Vana-Antsla_vallavalitsus, lk 144
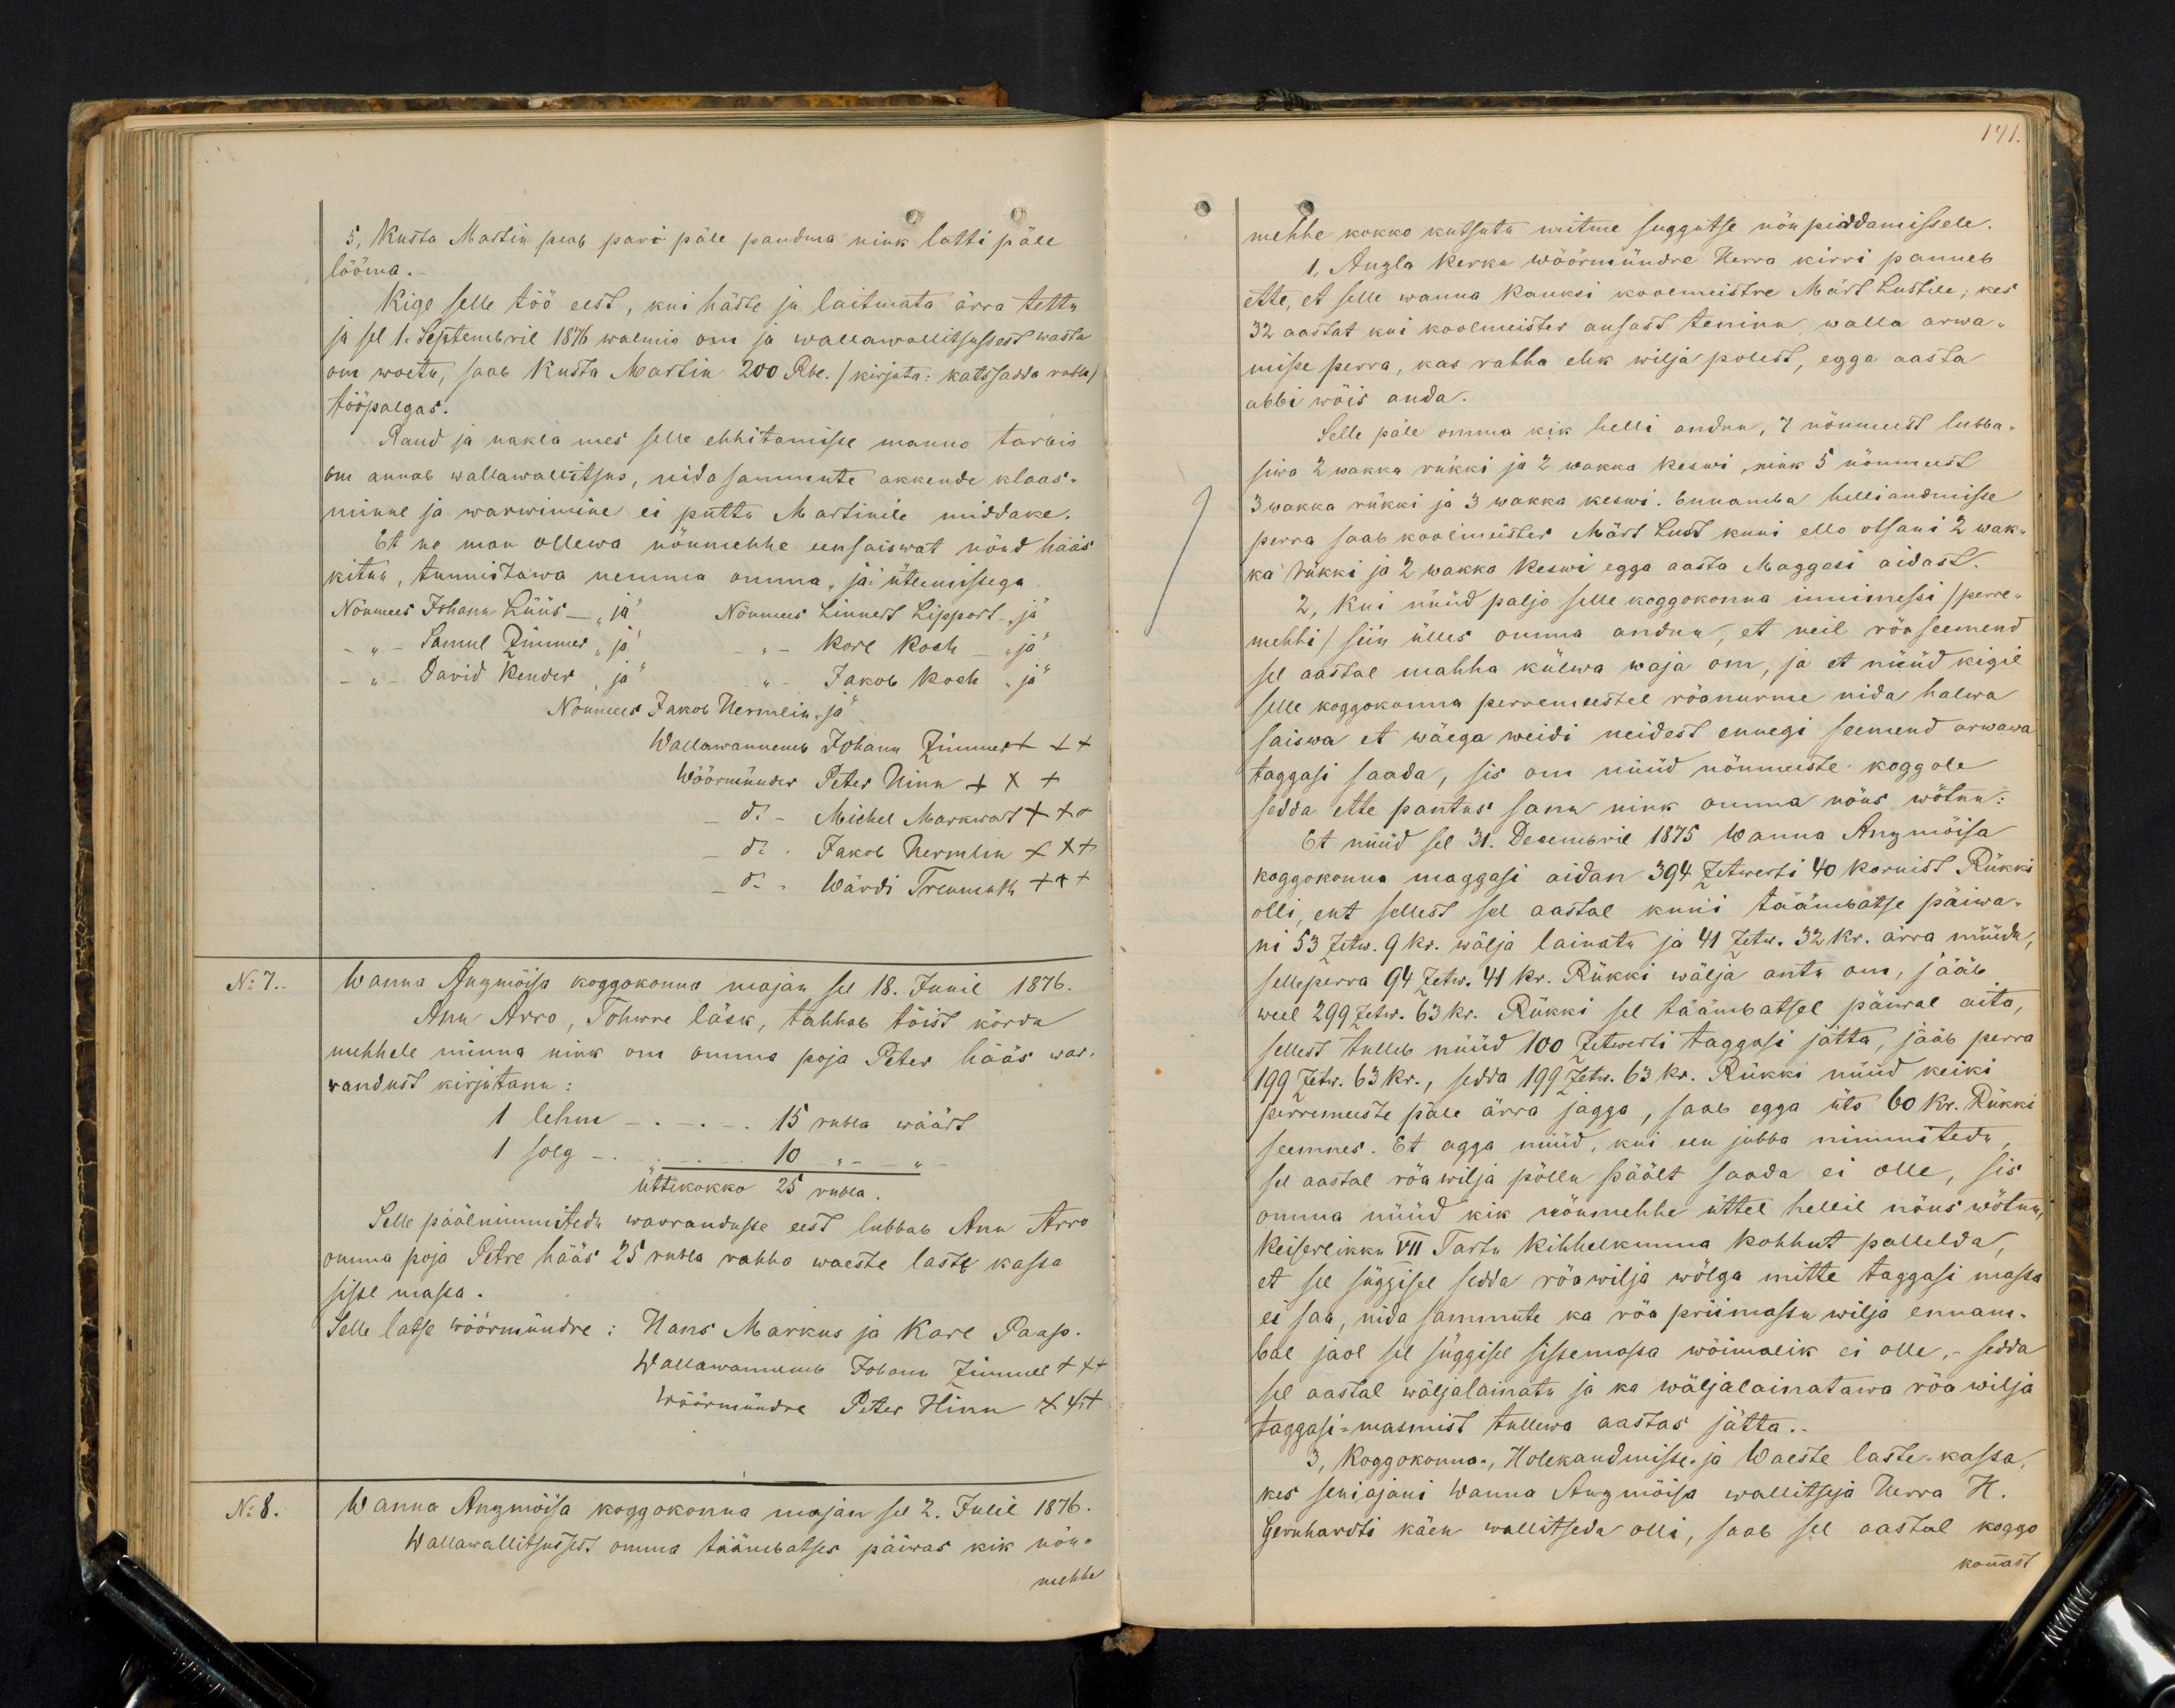
141

5, Kusta Martin peab pari päle pandma nink latti päle
lööma.
Kige selle töö eest, kui häste ja laitmata ärra tettu
ja sel 1. Septembril 1876 walmis om ja wallawallitsussest wasta
om wöetu, saab Kusta Martin 200 Rbl. /kirjuta: katssadda rubla/
tööpalgas.
Raud ja nakla mes selle ehitamisse manno tarvis
om annab wallawalitsus, nida samme uste akkende klaas-
minne ja warwimine ei puttu Martinile middake.
Et ne man ollewa nöumehhe eensaiswat nöud hääs
kitnu, tunnistawa nemma omma, ja ütlemissega
Nöumees Johann Lüüs "ja" Nöumees Linnert Lippart "ja
- " - Samul Zimmer "ja" - " - Karl Koch - "ja"
- " - David Kender "ja
Jakob Koch "ja"
Nöumees Jakob Hermlin "ja"
Wallawannemb Johann Zimmer +++
Wöörmünder Peter Hinn XXX
do - Michel Markwart +++
do Jakob Hermlin XXX
do Wärdi Treumuth +++
No 7.
Wanna Anzmöisa koggokonna majan sel 18. Junil 1876.
Ann Arro, Tohwre läsk, tahhab töist körda
mehhele minna nink on omma poja Peter hääs war-
randust kirjutanu.
1 lehm - - 15 rubla wäärt
1 solg
üttikokko 25 rubla.
10
Selle päälnimmitedu warrandusse eest lubbab Ann Arro
omma poja Petre hääs 25 rubla rahha waeste laste kassa
sisse masta.
Selle latse wöörmündre: Hans Markus ja Karl Paap.
Wallawannemb Johann Zimmer +++
Wöörmündre Peter Hinn xxx
No 8.
Wanna Anzmöisa koggokonna majan see 2. Julil 1876.
Wallawallitsusest omma täämbatses päiwas kik nöu-
mehhe

mehhe kokko kutsutu mitme suggutse nöupidamisele.
1, Anzla kerku wöörmündre Herra kirri panneb
ette, et selle wanna Kauksi koolmeistre Märt Lustile, kes
32 aastat kui koolmeister ausast teninu walla arwa-
mise perra, kas rahha elik wilja polest, egga aasta
abbi wöis anda.
Selle päle omma kik helli andnu 7 nöumeest lubba-
siwa 2 wakka rükki ja 2 wakka keswi, nink 5 nöumeest
3 wakka rükki ja 3 wakka keswi. Ennamba helliandmisse
perra saab koolmeister Märt Lust kuni ello otsani 2 wak-
ka rükki ja 2 wakka Keswi egga aasta Maggasi aidast.
2, kui nüüd paljo selle koggokonna innimessi (perre-
mehhi) siin ülles omma andma, et neil röa seemend
sel aastal mahha külwa waja om, ja et nüüd kigil
selle koggokonna perremeestel röanurme nida halwa
saiswa et wäega weidi neidest ennegi seemend arwawa
taggasi saada, sis on nüüd nöumeeste koggole
sedda ette pantus sanu nink omma nöus wötnu:
Et nüüd sel 31. Decembril 1875 Wanna Anzmöisa
koggokonna maggasi aidan 394 Zetwerti 40 kornist Rükki
olli, ent sellest sel aastal kuni täämbatse päiwa-
ni 53 Zetw. 9 kr. wälja lainatu ja 41 Zetw. 52 kr. ärra müüdu
selleperra 94 Zetw. 41 kr. Rükki wälja antu om, jääb
weel 299 Zetw. 63 kr. Rükki sel täämbatsel päiwal aita,
sellest tulleb nüüd 100 Zetwerti taggasi jätta, jääb perra
199 Zetw. 63 kr., sedda 199 Zetw. 65 kr. Rükki nüüd keiki
perremeeste päle ärra jagga, saab egga üts 60 kr. Rükki
seemnes. Et agga nüüd, kui een jubba nimmitedu
sel aastal röawilja pöllu päält saada ei olle, sis
omma nüüd kik nöumehhe üttel hellil nöus wötnu
Keiserlikku VII Tartu kihhelkonna kohhut palluda,
et see süggisel sedda röäwilja wölga mitte taggasi massa
ei saa, nida sammute ka röa priimastu wilja ennam-
bal jaol sel süggisel sissemassa wöimalik ei olle, sedda
sel aastal wäljalainata ja ka wäeljalainatawa röa wilja
taggasi-masmist tullewa aastas jätta.
3, Koggokonna-, Holekandmisse- ja Waeste laste-kassa,
kes seniajani wanna Anzmöisa wallitseja herra H.
Gernhardti käen wallitseda olli, saab sel aastal koggo-
konnast